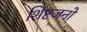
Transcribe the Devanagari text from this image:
शिष्टजनों